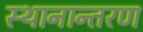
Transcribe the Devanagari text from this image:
स्‍थानान्‍तरण